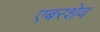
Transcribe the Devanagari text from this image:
एबरशेव